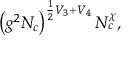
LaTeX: \left( g ^ { 2 } N _ { c } \right) ^ { \frac 1 2 V _ { 3 } + V _ { 4 } } N _ { c } ^ { \chi } ,